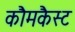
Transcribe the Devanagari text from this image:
कौमकैस्ट